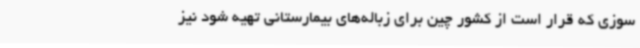
سوزی که قرار است از کشور چین برای زباله‌های بیمارستانی تهیه شود نیز